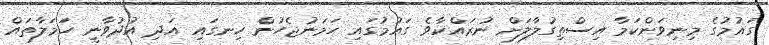
ގައުމުގެ މިނިވަންކަމާ އިސްތިގުލާލަށް ނުރައްކާވެ ގައުމުގައި ހަމަނުޖެހުން ހިނގައި އަދި އުދުވާނީ ހަމަލާތައް